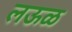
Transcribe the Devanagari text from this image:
लऊळ